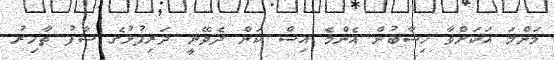
މަންމަ އަކަށްވާ ހިސާބުން އެންމެ އިސް ކަން ދެވޭނީ ދަރިފުޅުގެ ސާފު ތާހިރު